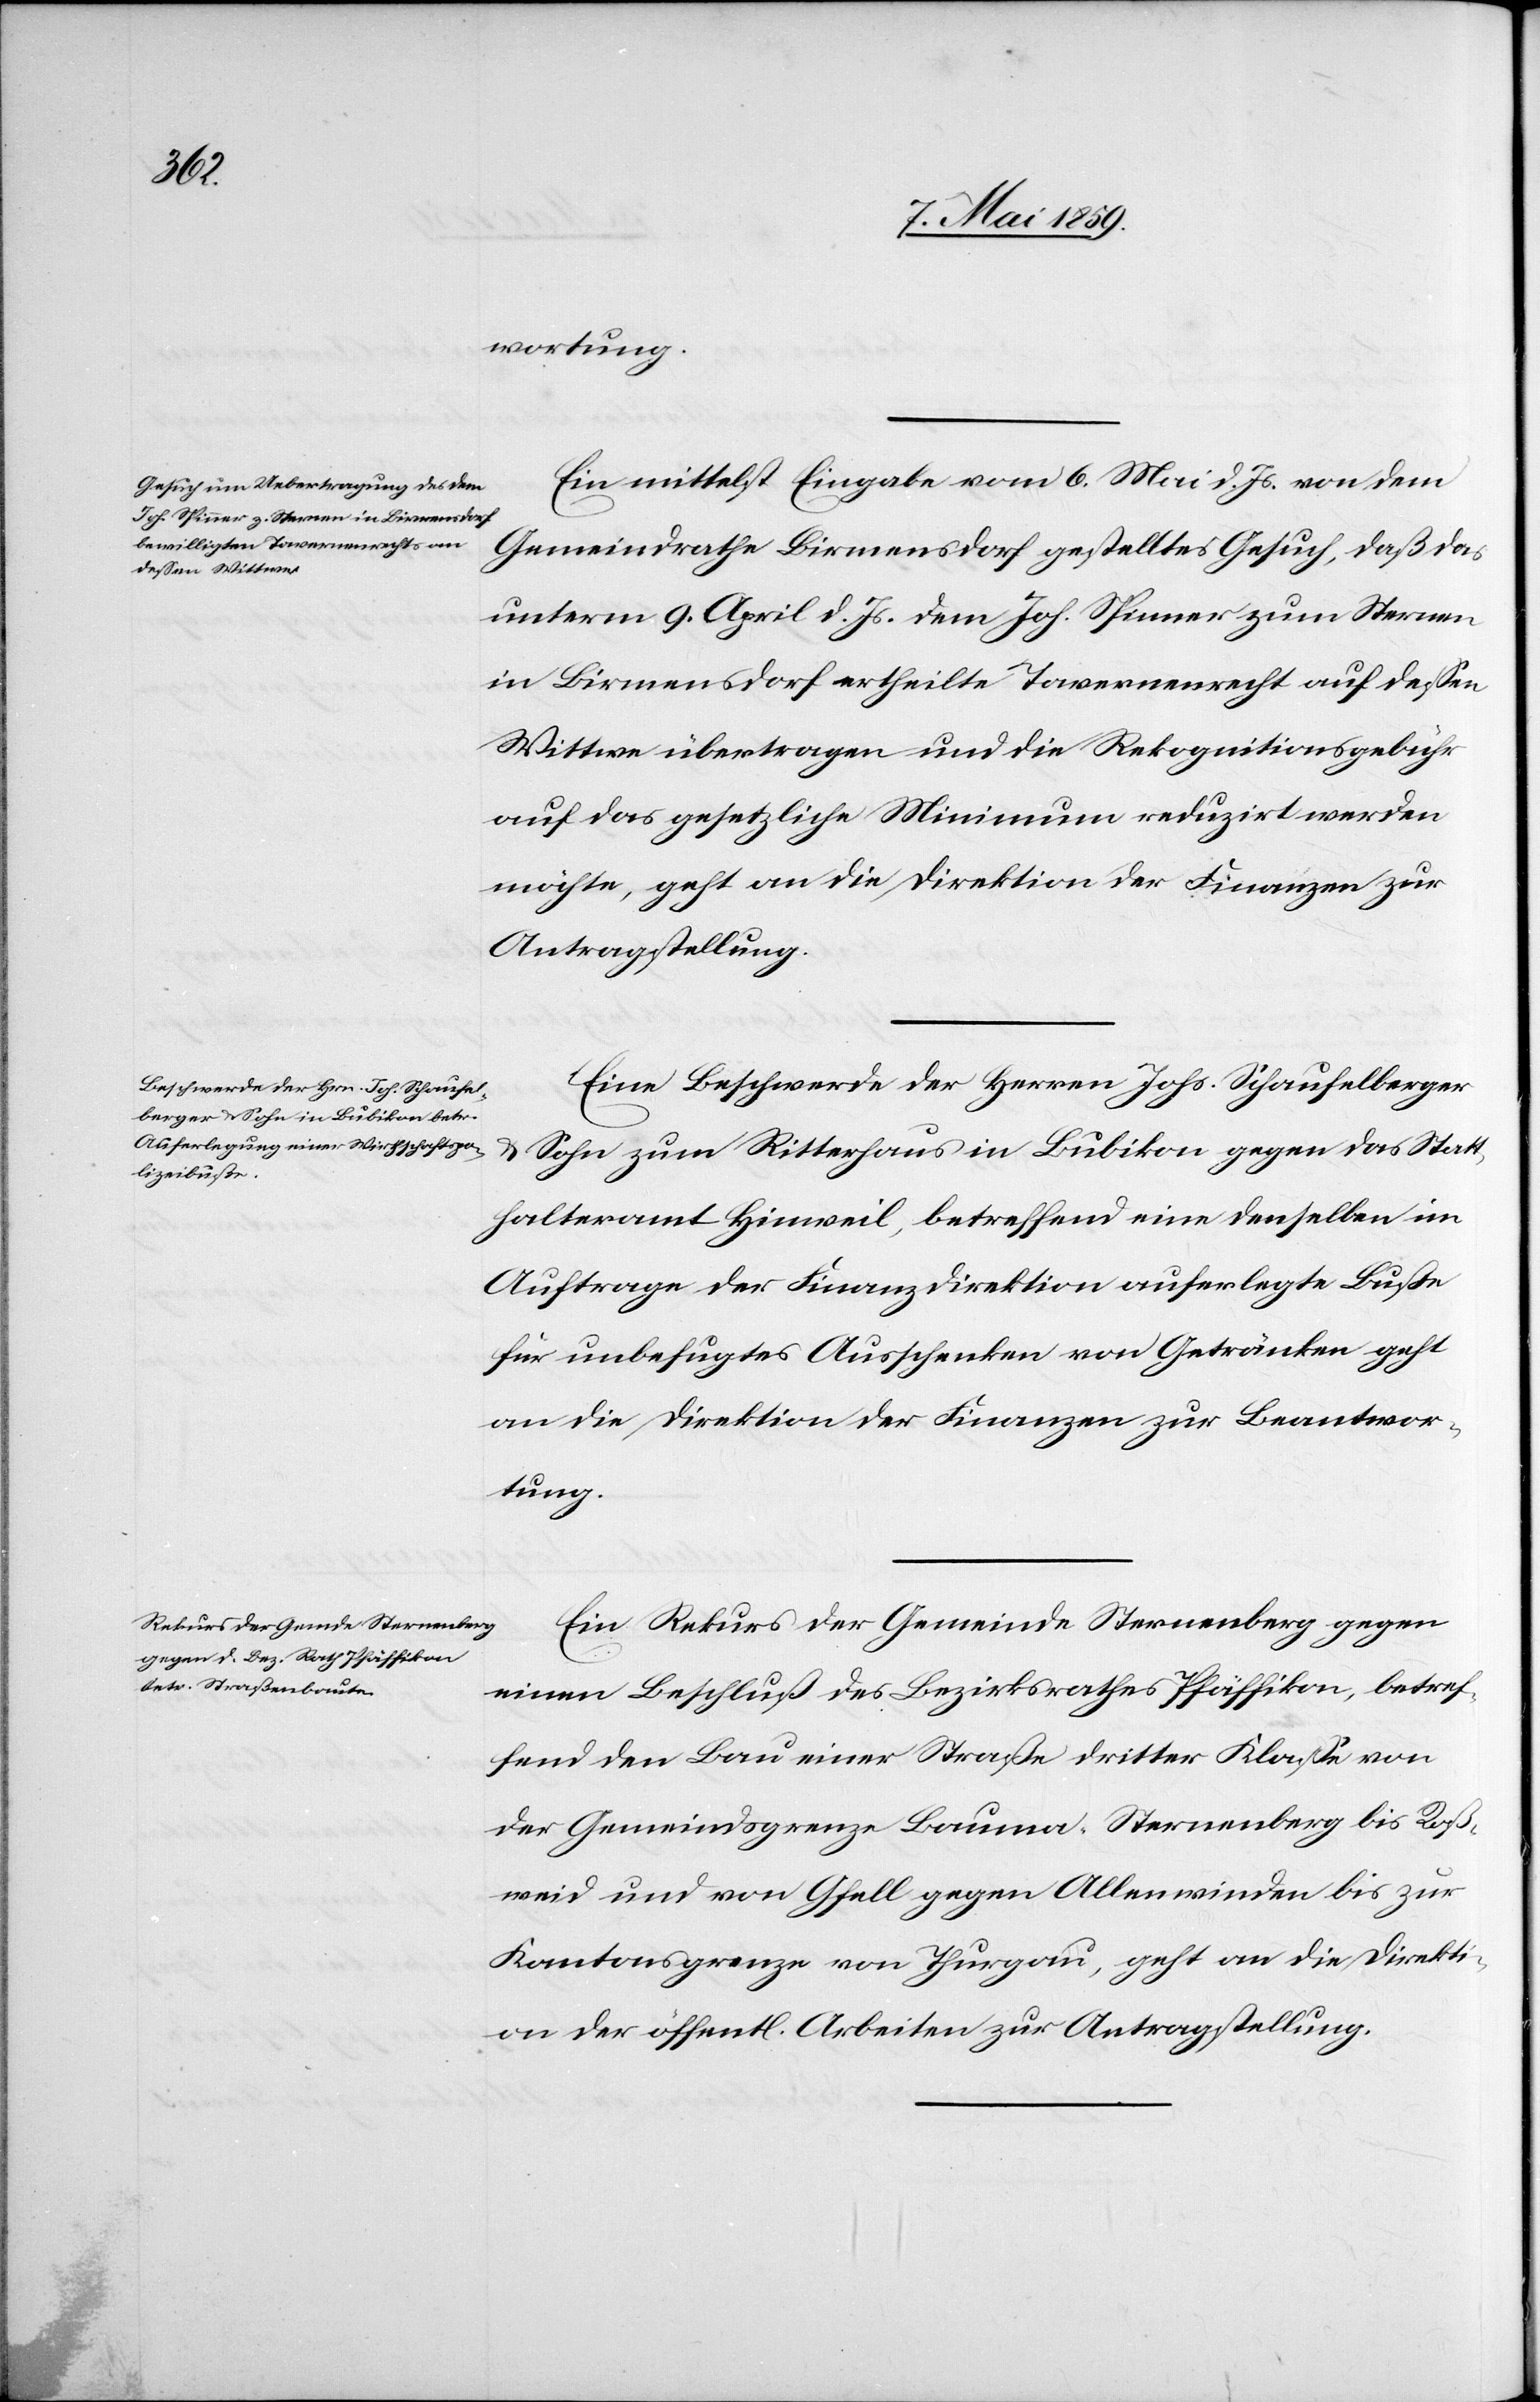
9. Mai 1859.]
wortung.
Ein mittelst Eingabe vom 6. Mai d. Js. von dem
Gemeindrathe Birmensdorf gestelltes Gesuch, daß das
unterm 9. April d. Js. dem Joh. Spinner zum Sternen
in Birmensdorf ertheilte Tavernenrecht auf deßen
Wittwe übertragen und die Rekognitionsgebühr
auf das gesetzliche Minimum reduzirt werden
möchte, geht an die Direktion der Finanzen zur
Antragstellung.
Eine Beschwerde der Herren Johs. Schaufelberger
& Sohn zum Ritterhaus in Bubikon gegen das Statt¬
halteramt Hinweil, betreffend eine denselben im
Auftrage der Finanzdirektion auferlegte Buße
für unbefugtes Ausschenken von Getränken geht
an die Direktion der Finanzen zur Beantwor¬
tung.
Ein Rekurs der Gemeinde Sternenberg gegen
einen Beschluß des Bezirksrathes Pfäffikon, betref¬
fend den Bau einer Straße dritter Klaße von
der Gemeindsgrenze Bauma-Sternenberg bis Roß¬
weid und von Gfell gegen Allenwinden bis zur
Kantonsgrenze von Thurgau, geht an die Direkti¬
on der öffentl. Arbeiten zur Antragstellung.